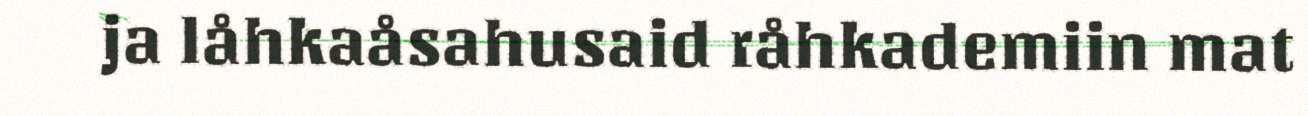
ja låhkaåsahusaid råhkademiin mat